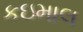
કઇમાલ